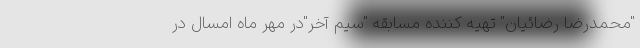
"محمدرضا رضائیان" تهیه کننده مسابقه "سیم آخر"در مهر ماه امسال در